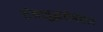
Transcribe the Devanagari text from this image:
तंत्रशुद्धतेबद्दल